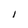
Character: I